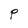
Character: P